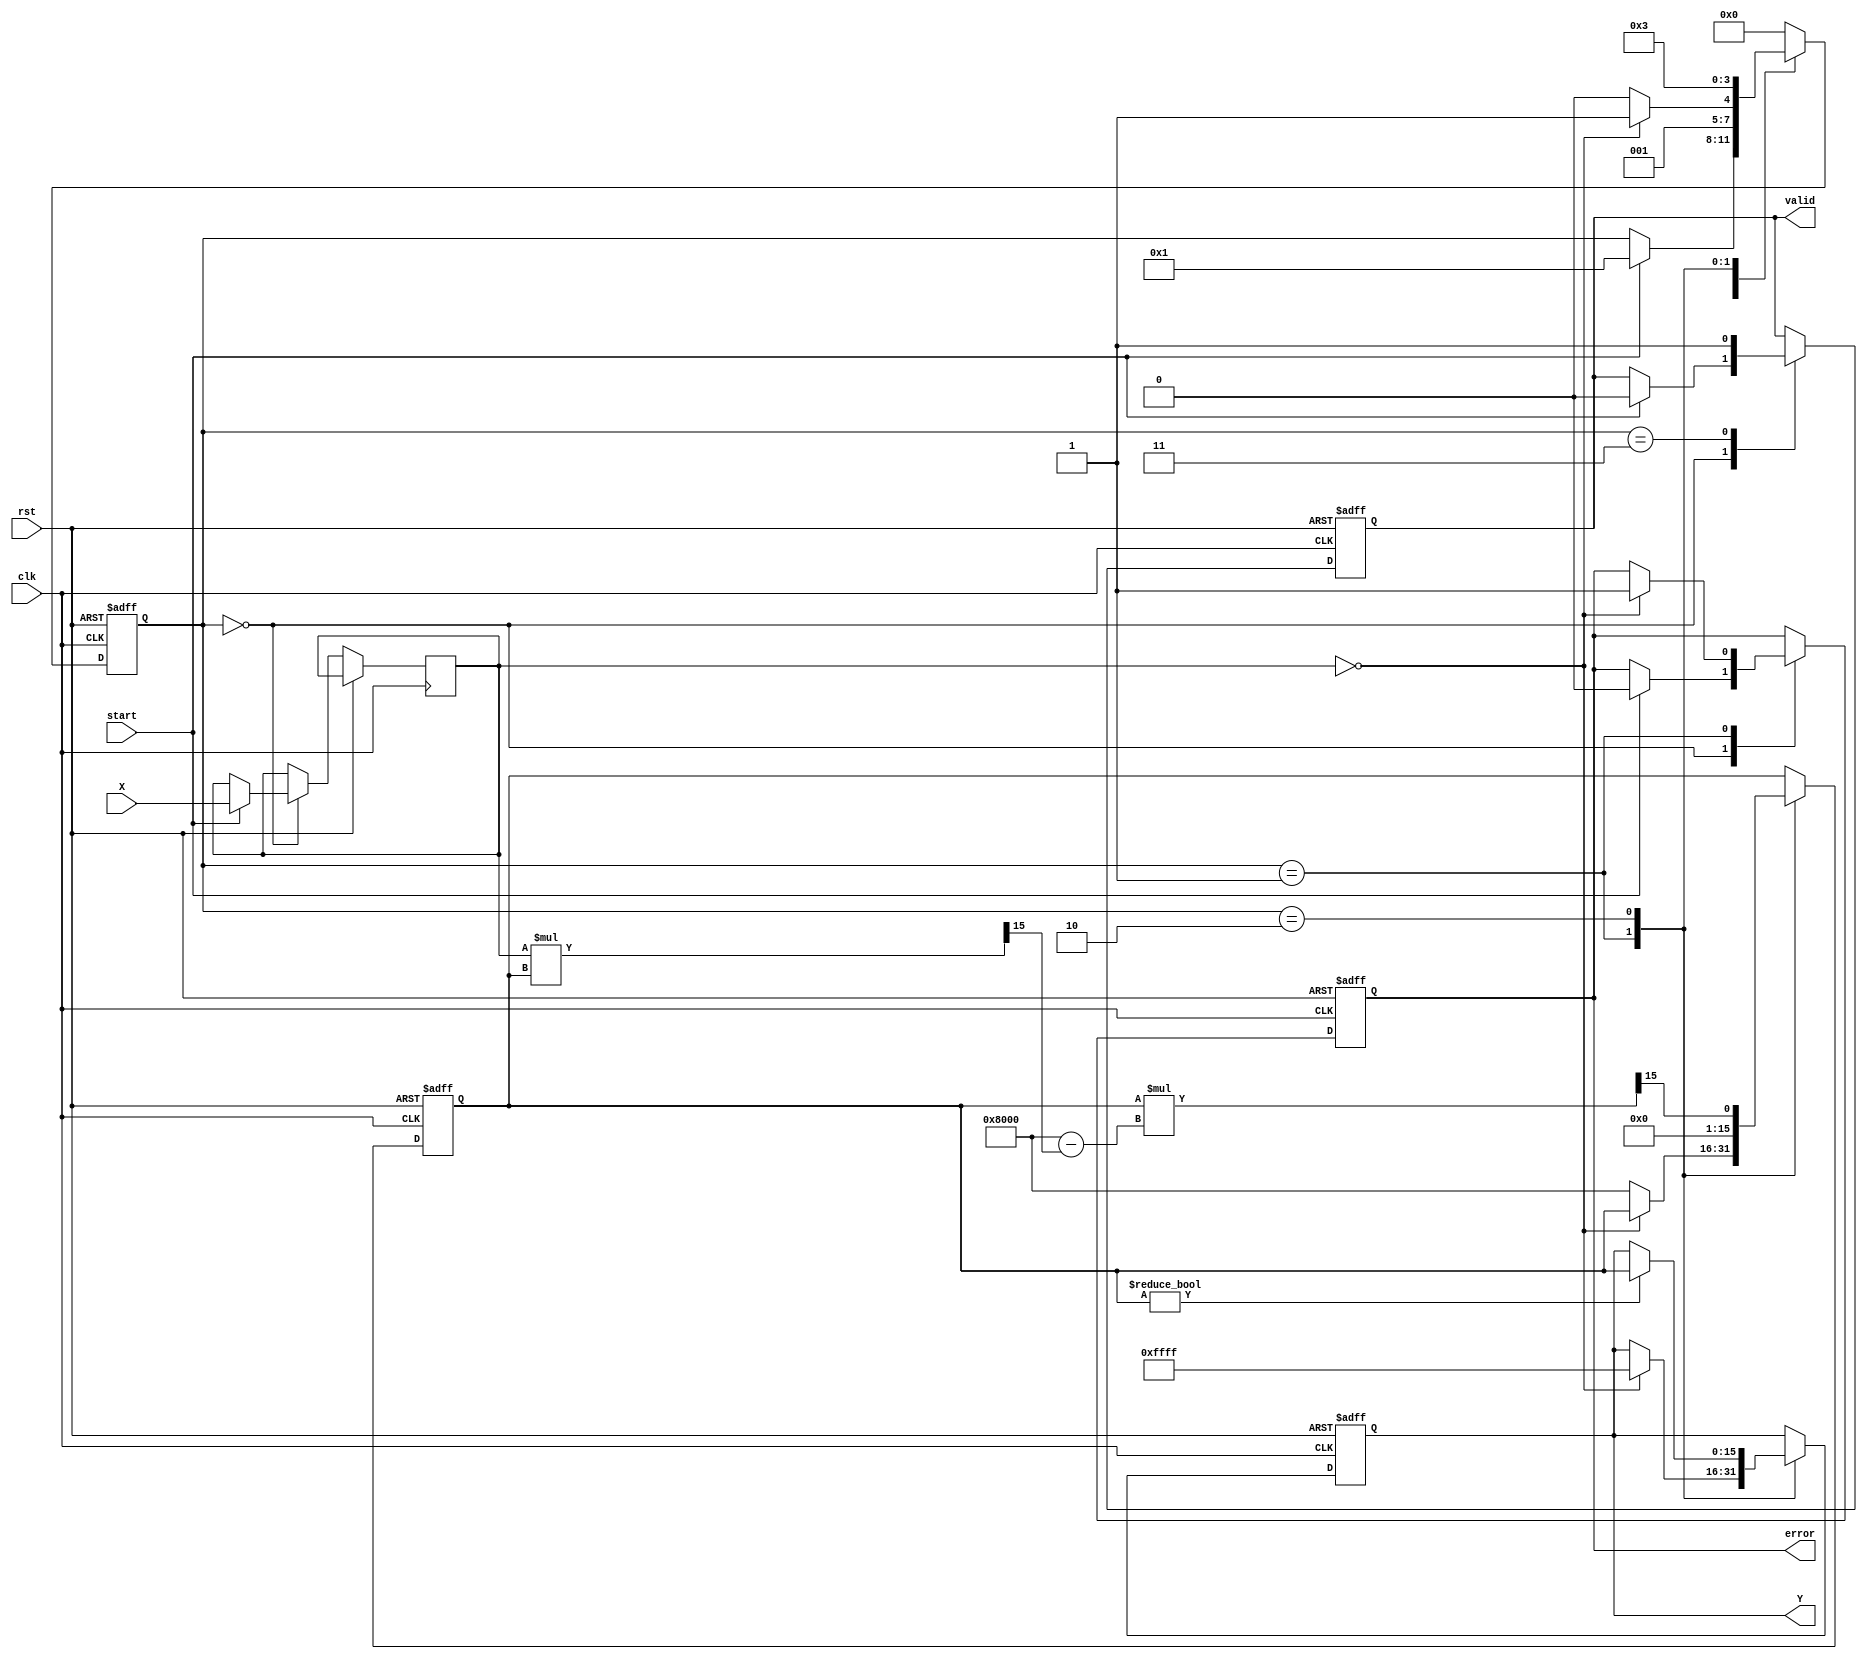
module fractional_reciprocal (
    input wire clk,               // Clock signal
    input wire rst,               // Reset signal
    input wire [15:0] X,          // Input data (fixed-point, 16 bits)
    input wire start,             // Start signal for computation
    output reg [15:0] Y,          // Output data (reciprocal)
    output reg valid,             // Output valid signal
    output reg error              // Error signal for division by zero
);

    reg [15:0] approx;            // Approximation for Newton-Raphson
    reg [3:0] state;              // State variable for FSM
    reg [15:0] X_reg;             // Registered input

    // State encoding
    localparam IDLE = 0;
    localparam CHECK_ZERO = 1;
    localparam CALCULATE = 2;
    localparam OUTPUT = 3;

    // Control FSM
    always @(posedge clk or posedge rst) begin
        if (rst) begin
            state <= IDLE;
            Y <= 16'b0;
            valid <= 1'b0;
            error <= 1'b0;
            approx <= 16'b0;
        end else begin
            case (state)
                IDLE: begin
                    if (start) begin
                        X_reg <= X;
                        state <= CHECK_ZERO;
                        valid <= 1'b0;
                        error <= 1'b0;
                    end
                end
                
                CHECK_ZERO: begin
                    if (X_reg == 16'b0) begin
                        error <= 1'b1; // Division by zero
                        Y <= 16'hFFFF; // Output maximum value as error indication
                        state <= OUTPUT;
                    end else begin
                        approx <= 16'h8000; // Initial approximation (1.0 in fixed-point)
                        state <= CALCULATE;
                    end
                end
                
                CALCULATE: begin
                    // Newton-Raphson iteration: approx = approx * (2 - X * approx)
                    approx <= approx * (16'h8000 - (X_reg * approx >> 15)) >> 15; // Shift for fixed-point
                    // Check for convergence (for simplicity, iterate a fixed number of times)
                    if (approx != 16'b0) begin
                        Y <= approx;
                        state <= OUTPUT;
                    end else begin
                        state <= OUTPUT;
                    end
                end
                
                OUTPUT: begin
                    valid <= 1'b1; // Output is valid
                    state <= IDLE; // Go back to IDLE
                end
                
                default: state <= IDLE;
            endcase
        end
    end
endmodule